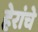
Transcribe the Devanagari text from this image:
हेरांचे